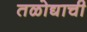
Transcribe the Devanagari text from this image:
तळोद्याची